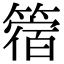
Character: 䈹